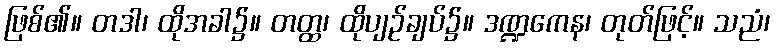
ဖြစ်၏။ တဒါ၊ ထိုအခါ၌။ တတ္ထ၊ ထိုပျဉ်ချပ်၌။ ဒဏ္ဍကေန၊ တုတ်ဖြင့်။ သညံ၊